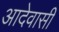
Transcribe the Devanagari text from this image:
आदेवासी